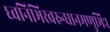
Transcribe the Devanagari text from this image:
ध्वनिभिरवरुन्धानमणुभिः।